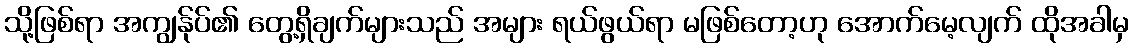
သို့ဖြစ်ရာ အကျွန်ုပ်၏ တွေ့ရှိချက်များသည် အများ ရယ်ဖွယ်ရာ မဖြစ်တော့ဟု အောက်မေ့လျက် ထိုအခါမှ